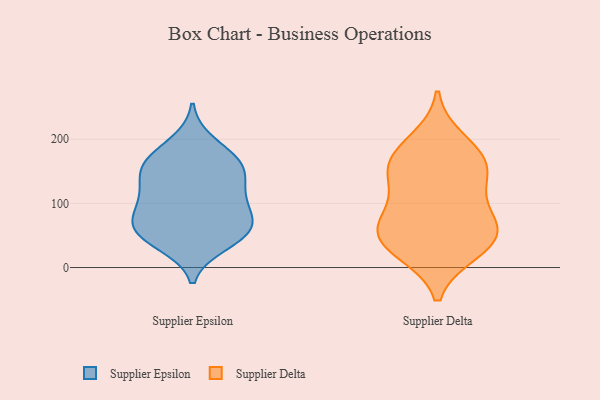
{"axis": {"x": "Website Visitors", "y": "Value"}, "legend": ["Supplier Delta", "Supplier Epsilon"], "data": [{"x": "", "y": 77, "type": "Supplier Epsilon"}, {"x": "", "y": 37, "type": "Supplier Epsilon"}, {"x": "", "y": 139, "type": "Supplier Epsilon"}, {"x": "", "y": 153, "type": "Supplier Epsilon"}, {"x": "", "y": 160, "type": "Supplier Epsilon"}, {"x": "", "y": 54, "type": "Supplier Epsilon"}, {"x": "", "y": 165, "type": "Supplier Epsilon"}, {"x": "", "y": 106, "type": "Supplier Epsilon"}, {"x": "", "y": 64, "type": "Supplier Epsilon"}, {"x": "", "y": 74, "type": "Supplier Epsilon"}, {"x": "", "y": 115, "type": "Supplier Epsilon"}, {"x": "", "y": 61, "type": "Supplier Epsilon"}, {"x": "", "y": 194, "type": "Supplier Epsilon"}, {"x": "", "y": 44, "type": "Supplier Epsilon"}, {"x": "", "y": 165, "type": "Supplier Epsilon"}, {"x": "", "y": 109, "type": "Supplier Epsilon"}, {"x": "", "y": 102, "type": "Supplier Delta"}, {"x": "", "y": 65, "type": "Supplier Delta"}, {"x": "", "y": 176, "type": "Supplier Delta"}, {"x": "", "y": 168, "type": "Supplier Delta"}, {"x": "", "y": 24, "type": "Supplier Delta"}, {"x": "", "y": 45, "type": "Supplier Delta"}, {"x": "", "y": 149, "type": "Supplier Delta"}, {"x": "", "y": 199, "type": "Supplier Delta"}, {"x": "", "y": 154, "type": "Supplier Delta"}, {"x": "", "y": 24, "type": "Supplier Delta"}, {"x": "", "y": 74, "type": "Supplier Delta"}, {"x": "", "y": 55, "type": "Supplier Delta"}, {"x": "", "y": 132, "type": "Supplier Delta"}, {"x": "", "y": 54, "type": "Supplier Delta"}]}